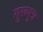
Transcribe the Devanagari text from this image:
गुरूपुत्र